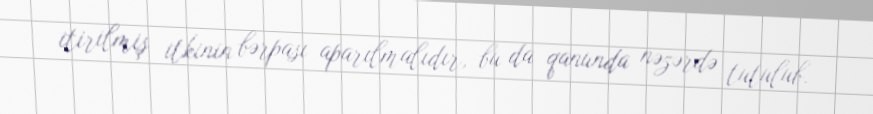
itirilmiş itkinin bərpası aparılmalıdır, bu da qanunda nəzərdə tutulub.